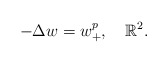
\begin{align*}-\Delta w=w^p_+,\ \ \ \mathbb{R}^2.\end{align*}